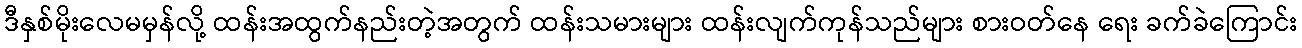
ဒီနှစ်မိုးလေမမှန်လို့ ထန်းအထွက်နည်းတဲ့အတွက် ထန်းသမားများ ထန်းလျက်ကုန်သည်များ စားဝတ်နေ ရေး ခက်ခဲကြောင်း